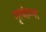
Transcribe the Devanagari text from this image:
नृत्यांग्ना